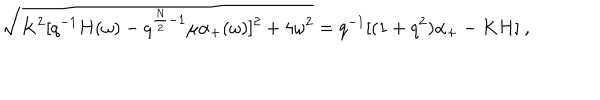
LaTeX: \sqrt { K ^ { 2 } [ q ^ { - 1 } H ( \omega ) - q ^ { { \frac { N } { 2 } } - 1 } \mu \alpha _ { + } ( \omega ) ] ^ { 2 } + 4 \omega ^ { 2 } } = q ^ { - 1 } [ ( 1 + q ^ { 2 } ) \alpha _ { + } - K H ] \ ,